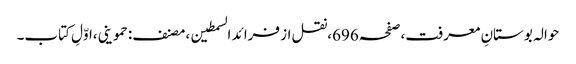
حوالہ بوستانِ معرفت،صفحہ696،نقل از فرائد السمطین،مصنف:حموینی،اوّلِ کتاب۔